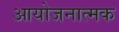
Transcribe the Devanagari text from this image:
आयोजनात्मक